Studies on the mouth parts a Comparative anatomy of the proboscis in the blood-sucking muscidae - Number 60
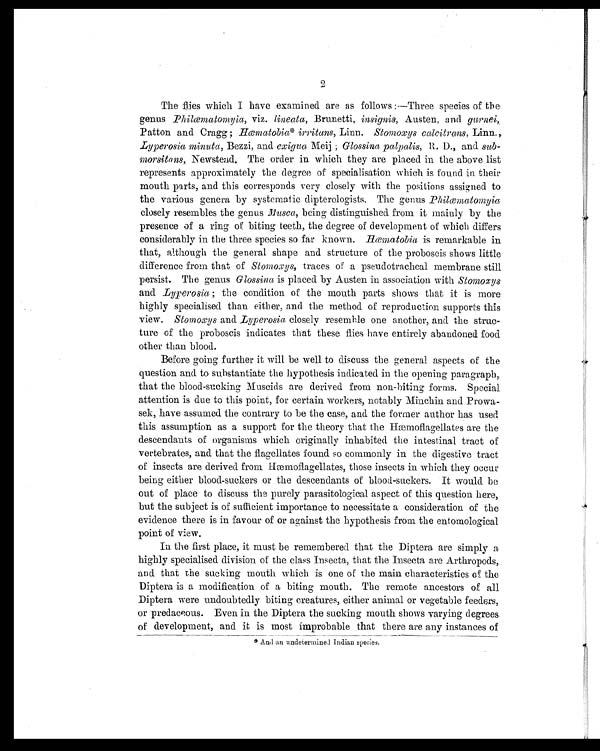
2
The flies which I have examined are as follows:—Three species of the
genus Philœmatomyia, viz. lineata, Brunetti, insignis, Austen, and gurnei,
Patton and Cragg; Hœmatobia* irrituns, Linn. Stomoxys calcitrans, Linn.,
Lyperosia minuta, Bezzi, and exigua Meij; Glossina palpalis, R. D., and. sub-
morsitans, Newstead. The order in which they are placed in the above list
represents approximately the degree of specialisation which is found in their
mouth parts, and this corresponds very closely with the positions assigned to
the various genera by systematic dipterologists. The genus Philœmatomyia
closely resembles the genus Musca, being distinguished from it mainly by the
presence of a ring of biting teeth, the degree of development of which differs
considerably in the three species so far known. Hœ matobia is remarkable in
that, although the general shape and structure of the proboscis shows little
difference from that of Stomoxys, traces of a pseudotracheal membrane still
persist. The genus Glossina is placed by Austen in association with Stomoxys
and Lyperosia; the condition of the mouth parts shows that it is more
highly specialised than either, and the method of reproduction supports this
view. Stomoxys and Lyperosia closely resemble one another, and the struc-
ture of the proboscis indicates that these flies have entirely abandoned food
other than blood.
Before going further it will be well to discuss the general aspects of the
question and to substantiate the hypothesis indicated in the opening paragraph,
that the blood-sucking Muscids are derived from non-biting forms. Special
attention is due to this point, for certain workers, notably Minchin and Prowa-
sek, have assumed the contrary to be the case, and the former author has used
this assumption as a support for the theory that the Hæmoflagellates are the
descendants of organisms which originally inhabited the intestinal tract of
vertebrates, and that the flagellates found so commonly in the digestive tract
of insects are derived from Hæmoflagellates, those insects in which they occur
being either blood-suckers or the descendants of blood-suckers. It would be
out of place to discuss the purely parasitological aspect of this question here,
but the subject is of sufficient importance to necessitate a consideration of the
evidence there is in favour of or against the hypothesis from the entomological
point of view.
In the first place, it must be remembered that the Diptera are simply a
highly specialised division of the class Insecta, that the Insecta are Arthropods,
and that the sucking mouth which is one of the main characteristics of the
Diptera is a modification of a biting mouth. The remote ancestors of all
Diptera were undoubtedly biting creatures, either animal or vegetable feeders,
or predaceous. Even in the Diptera the sucking mouth shows varying degrees
of development, and it is most improbable that there are any instances of
* And an undetermined Indian species.